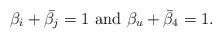
LaTeX: \begin{align*}\beta_i + \bar{\beta_j} = 1 \,\, {\rm and }\,\, \beta_u + \bar{\beta}_4=1.\end{align*}